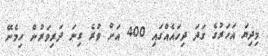
މިދިޔަ އަހަރުގެ ގަދަ ދިހައެއްގައި 400 އަށް ވުރެ ގިނަ ދަރިވަރުން ހިމެނޭ